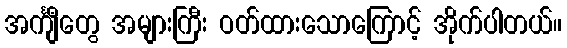
အင်္ကျီတွေ အများကြီး ဝတ်ထားသောကြောင့် အိုက်ပါတယ်။